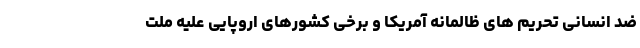
ضد انسانی تحریم های ظالمانه آمریکا و برخی کشورهای اروپایی علیه ملت